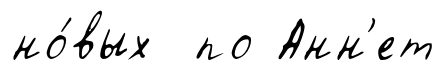
но́вых по Анн'ет